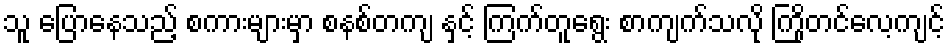
သူ ပြောနေသည့် စကားများမှာ စနစ်တကျ နှင့် ကြက်တူရွေး စာကျက်သလို ကြိုတင်လေ့ကျင့်